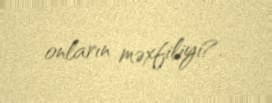
onların məxfiliyi?.